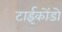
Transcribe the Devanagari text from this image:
टाईकोंडो